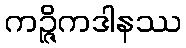
ကဉ္ဇိကဒါနဿ